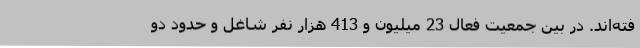
فته‌اند. در بین جمعیت فعال 23 میلیون و 413 هزار نفر شاغل و حدود دو